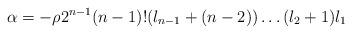
LaTeX: \begin{align*}\alpha = - \rho 2^{n-1} (n-1)! (l_{n-1}+(n-2))\ldots(l_2 + 1) l_1 \end{align*}